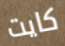
كايت